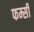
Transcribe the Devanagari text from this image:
फम्सी